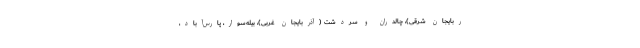
ربایجان شرقی)، چالدران و سردشت (آذربایجان غربی)، بیله‌سوار، پارس‌آباد،